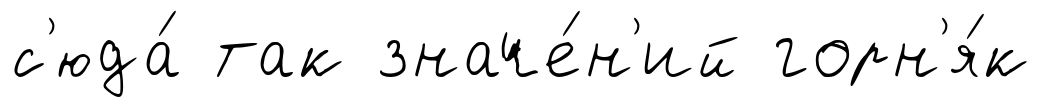
с'юда́ так значе́н'ий горн'я́к